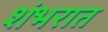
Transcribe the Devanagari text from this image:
शंभरात